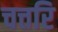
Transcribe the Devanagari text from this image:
चत्तरि